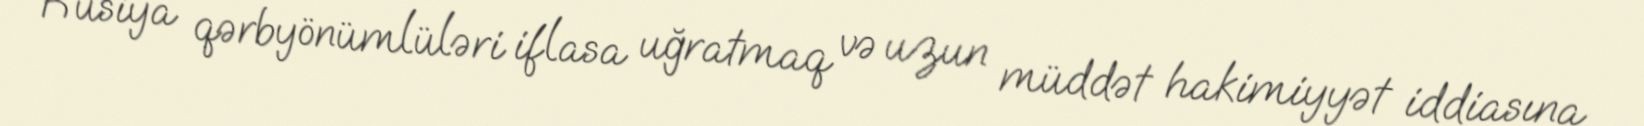
Rusiya qərbyönümlüləri iflasa uğratmaq və uzun müddət hakimiyyət iddiasına